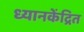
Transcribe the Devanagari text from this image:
ध्यानकेंद्रित